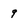
Character: 9